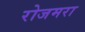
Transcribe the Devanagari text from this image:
रोजमरा